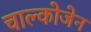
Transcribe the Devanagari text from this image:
चाल्कोजेन